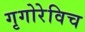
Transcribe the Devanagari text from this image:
गृगोरेविच